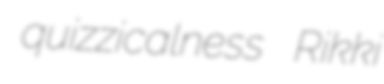
quizzicalness Rikki